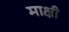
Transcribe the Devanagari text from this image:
माक्षी